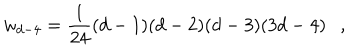
w _ { d - 4 } = { \frac { 1 } { 2 4 } } ( d - 1 ) ( d - 2 ) ( d - 3 ) ( 3 d - 4 ) ,